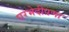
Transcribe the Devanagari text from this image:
घरभेदीपणा